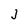
Character: J